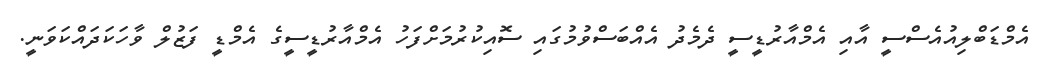
އެމްޑަބްލިއުއެސްސީ އާއި އެމްއާރުޑީސީ ދެމެދު އެއްބަސްވުމުގައި ސޮއިކުރުމަށްފަހު އެމްއާރުޑީސީގެ އެމްޑީ ފަޒުލް ވާހަކަދައްކަވަނީ.